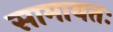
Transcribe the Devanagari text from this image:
सामायतः